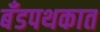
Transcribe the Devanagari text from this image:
बँडपथकात